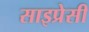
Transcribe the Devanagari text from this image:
साइप्रेसी